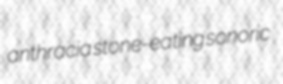
anthracia stone-eating sonoric